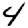
Digit: 4